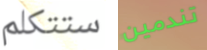
ستتكلم تندمين